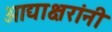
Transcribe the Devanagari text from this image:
आद्याक्षरांनी